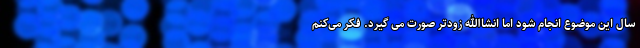
سال این موضوع انجام شود اما انشاالله زودتر صورت می گیرد. فکر می‌کنم